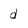
Character: d